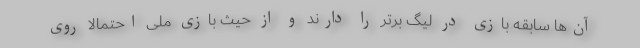
آن‌ها سابقه بازی در لیگ برتر را دارند و از حیث بازی ملی احتمالاً روی